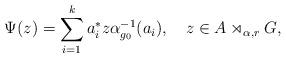
LaTeX: \begin{align*}\Psi(z)=\sum_{i=1}^k a_i^* z \alpha_{g_0}^{-1}(a_i),\ \ \ z\in A\rtimes_{\alpha,r}G,\end{align*}